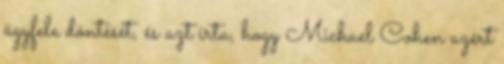
ügyfele döntését, és azt írta, hogy Michael Cohen azért